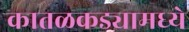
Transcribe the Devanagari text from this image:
कातळकड्यामध्ये